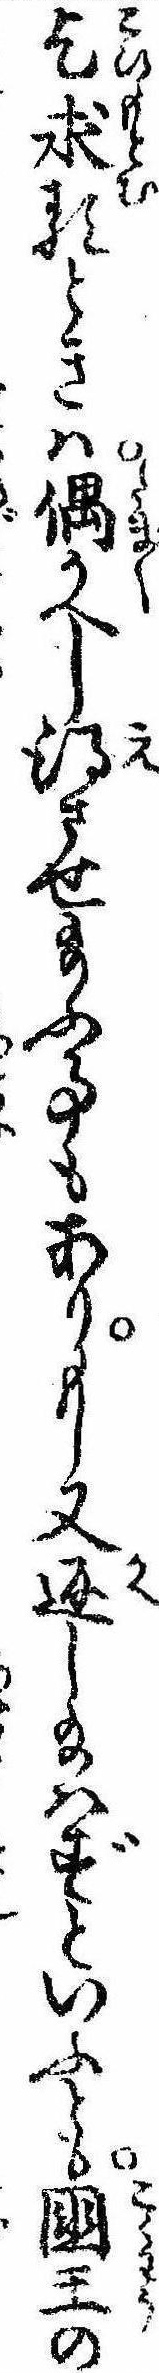
乞求るときは偶かへし得させ給ふ事もありもし又返し給はずといふとも国王の